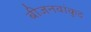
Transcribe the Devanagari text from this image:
बीजनवांकुद